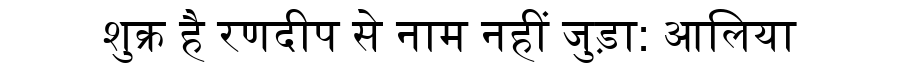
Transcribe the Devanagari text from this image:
शुक्र है रणदीप से नाम नहीं जुड़ा: आलिया